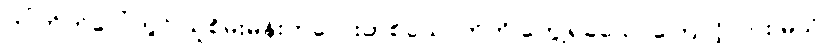
ဤတိုက်ပေါ်တွင် သူစိမ်းမိန်းကလေးတစ်ယောက်ကို တွေ့ရခဲသောကြောင့်လား မသိ။